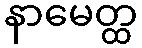
နာမေတ္ထ